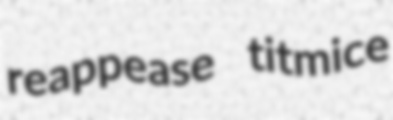
reappease titmice